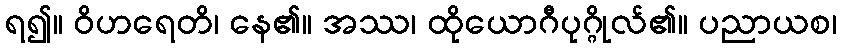
ရ၍။ ဝိဟရေတိ၊ နေ၏။ အဿ၊ ထိုယောဂီပုဂ္ဂိုလ်၏။ ပညာယစ၊